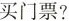
买门票?